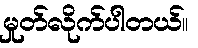
မှုတ်လိုက်ပါတယ်။